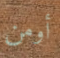
أومن